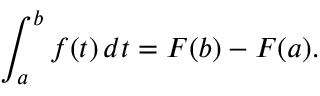
\int _ { a } ^ { b } f ( t ) \, d t = F ( b ) - F ( a ) .